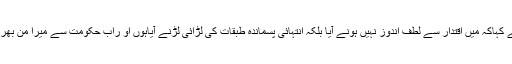
انہو ں نے کہاکہ میں اقتدار سے لطف اندوز نہیں ہونے آیا بلکہ انتہائی پسماندہ طبقات کی لڑائی لڑنے آیاہوں او راب حکومت سے میرا من بھر گیا ہے ۔